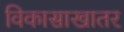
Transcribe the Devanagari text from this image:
विकासाखातर